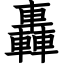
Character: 轟